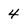
Character: 4